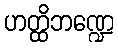
ဟတ္ထိဘဏ္ဍေ